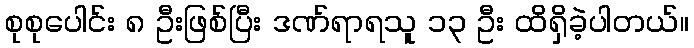
စုစုပေါင်း ၈ ဦးဖြစ်ပြီး ဒဏ်ရာရသူ ၁၃ ဦး ထိရှိခဲ့ပါတယ်။